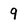
Character: 9